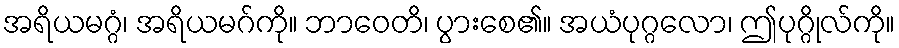
အရိယမဂ္ဂံ၊ အရိယမဂ်ကို။ ဘာဝေတိ၊ ပွားစေ၏။ အယံပုဂ္ဂလော၊ ဤပုဂ္ဂိုလ်ကို။